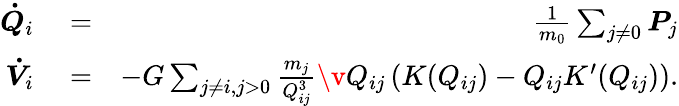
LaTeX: \begin{array}{rlr}{\boldsymbol{\dot{Q}}_{i}}&{{}=}&{\frac{1}{m_{0}}\sum_{j\ne 0}\boldsymbol{P}_{j}}\\ {\boldsymbol{\dot{V}}_{i}}&{{}=}&{-G\sum_{j\neq i,j>0}\frac{m_{j}}{Q_{ij}^{3}}\v Q_{ij}\left(K(Q_{ij})-Q_{ij}K^{\prime}(Q_{ij})\right).}\end{array}